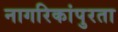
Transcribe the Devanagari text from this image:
नागरिकांपुरता